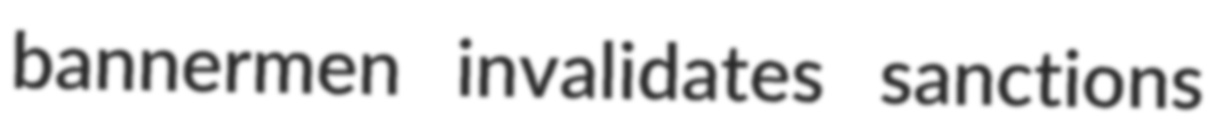
bannermen invalidates sanctions